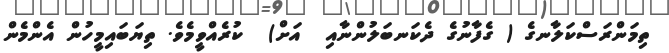
ތިމަންރަސްކަލާނގެ ( ގެފާނުގެ ދެކަނބަލުންނާއި  އަށް)  ކުރެއްވީމެވެ. ތިޔަބައިމީހުން އެންމެން